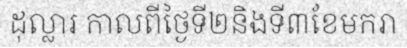
ដុល្លារ កាលពីថ្ងៃទី២និងទី៣ខែមករា